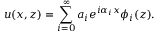
u ( x , z ) = \sum _ { i = 0 } ^ { \infty } a _ { i } e ^ { i \alpha _ { i } x } \phi _ { i } ( z ) .